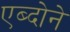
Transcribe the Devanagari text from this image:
एब्दोने